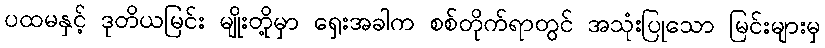
ပထမနှင့် ဒုတိယမြင်း မျိုးတို့မှာ ရှေးအခါက စစ်တိုက်ရာတွင် အသုံးပြုသော မြင်းများမှ